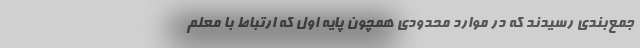
جمع‌بندی رسیدند که در موارد محدودی همچون پایه اول که ارتباط با معلم